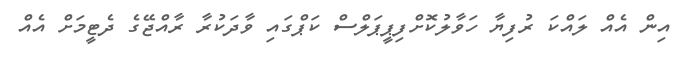
އިން އެއް ލައްކަ ރުފިޔާ ހަވާލުކޮށްފިޕީޕަލްސް ކަޕްގައި ވާދަކުރާ ރާއްޖޭގެ ދެޓީމަށް އެއް